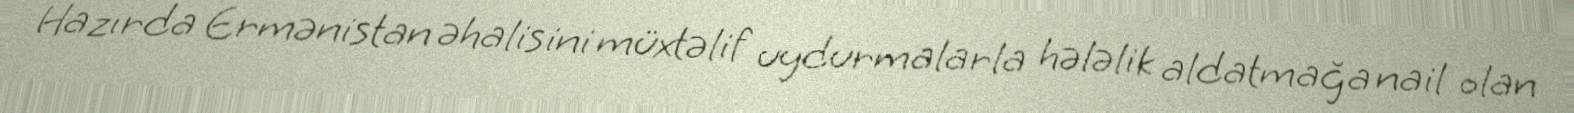
Hazırda Ermənistan əhalisini müxtəlif uydurmalarla hələlik aldatmağa nail olan